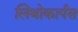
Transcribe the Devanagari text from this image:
लिथोकार्पस